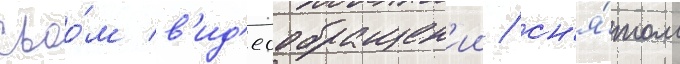
своо́м в'ид'еообращен'ии / сн'я́том